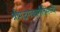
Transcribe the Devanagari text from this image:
श्रीमद्भगवतगीतेमध्ये